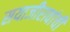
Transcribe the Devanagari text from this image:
सयाजीरावांची